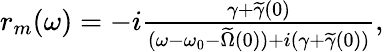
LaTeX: \begin{array}{r}{r_{m}(\omega)=-i\frac{\gamma+\widetilde\gamma(0)}{(\omega-\omega_{0}-\widetilde\Omega(0))+i(\gamma+\widetilde\gamma(0))},}\end{array}